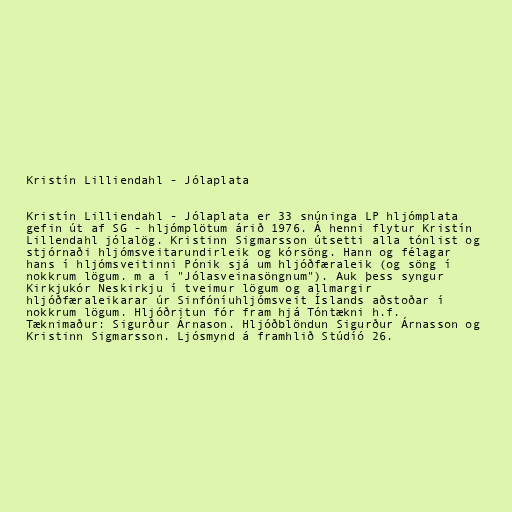
Kristín Lilliendahl - Jólaplata

Kristín Lilliendahl - Jólaplata er 33 snúninga LP hljómplata
gefin út af SG - hljómplötum árið 1976. Á henni flytur Kristín
Lillendahl jólalög. Kristinn Sigmarsson útsetti alla tónlist og
stjórnaði hljómsveitarundirleik og kórsöng. Hann og félagar
hans í hljómsveitinni Pónik sjá um hljóðfæraleik (og söng í
nokkrum lögum. m a í "Jólasveinasöngnum"). Auk þess syngur
Kirkjukór Neskirkju í tveimur lögum og allmargir
hljóðfæraleikarar úr Sinfóníuhljómsveit Íslands aðstoðar í
nokkrum lögum. Hljóðritun fór fram hjá Tóntækni h.f.
Tæknimaður: Sigurður Árnason. Hljóðblöndun Sigurður Árnasson og
Kristinn Sigmarsson. Ljósmynd á framhlið Stúdíó 26.